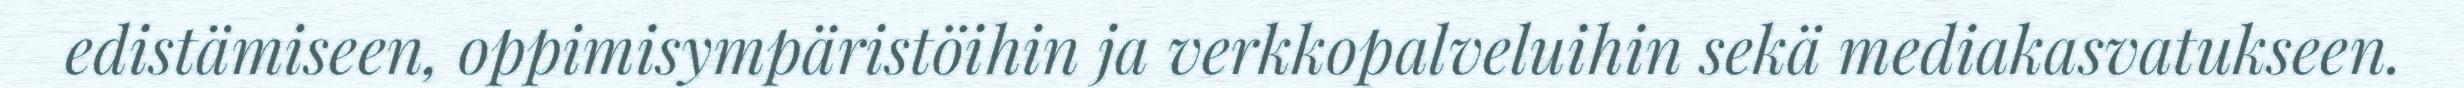
edistämiseen, oppimisympäristöihin ja verkkopalveluihin sekä mediakasvatukseen.